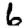
Digit: 6